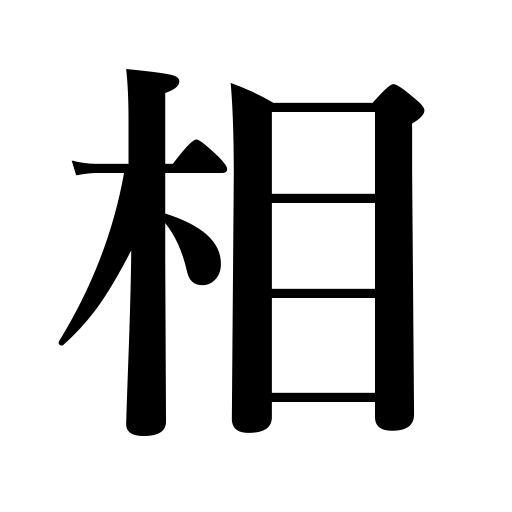
Meanings: together,emphatic vebal prefix,physiognomy,fellow,councilor,aspect,phase,minister of state,each other,reciprocally,mutually